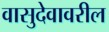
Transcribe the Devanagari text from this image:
वासुदेवावरील